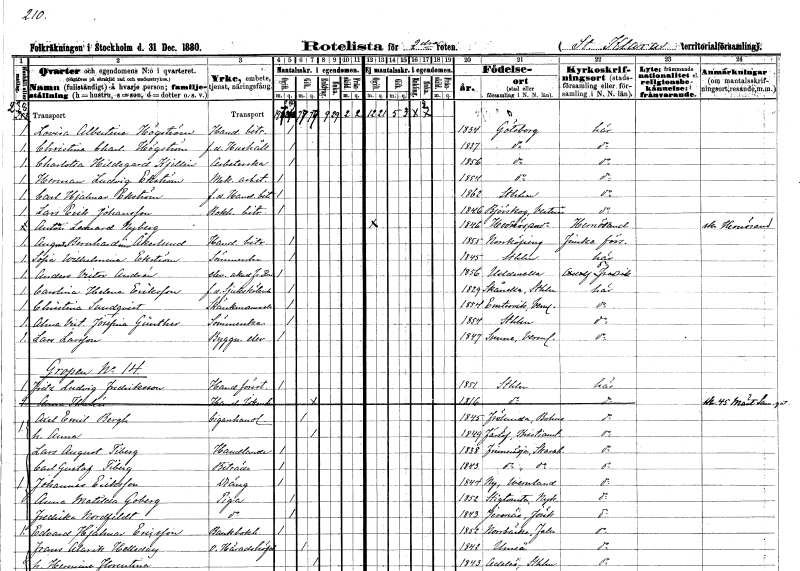
gt_parse: households: individuals: FN: Lovisa Albertina
EN: Högström
YRKE: Handelsbiträde
KON: K
CIV: O
FODAR: 1834
FODFORS: Göteborg Göteborgs- och Bohuslän
FN: Christina Charlotta
EN: Högström
YRKE: Hushållerska f.d.
KON: K
CIV: O
FODAR: 1837
FODFORS: Göteborg Göteborgs- och Bohuslän
FN: Charlotta Hildegard
EN: Kjellin
YRKE: Arbeterska
KON: K
CIV: O
FODAR: 1856
FODFORS: Göteborg Göteborgs- och Bohuslän
FN: Herman Ludvig
EN: Ekström
YRKE: Mekanikerarbetare
KON: M
CIV: O
FODAR: 1854
FODFORS: Göteborg Göteborgs- och Bohuslän
FN: Carl Hjalmar
EN: Ekström
YRKE: Handelsbiträde f.d.
KON: M
CIV: O
FODAR: 1862
FODFORS: Stockholm
FN: Lars Erik
EN: Johansson
YRKE: Bokhållarebiträde
KON: M
CIV: O
FODAR: 1846
FODFORS: Björskog Västmanlands län
FN: Anton Leonard
EN: Nyberg
KON: M
CIV: O
FODAR: 1846
FODFORS: Härnösand Västernorrlands län
FN: Augusta Bernhardina
EN: Åkerlund
YRKE: Handelsbiträde
KON: K
CIV: O
FODAR: 1855
FODFORS: Norrköping Östergötlands län
FN: Sofia Wilhelmina
EN: Ekström
YRKE: Sömmerska
KON: K
CIV: O
FODAR: 1845
FODFORS: Stockholm
FN: Anders Victor
EN: Andrén
YRKE: Elev vid Akademin för fria konster
KON: M
CIV: O
FODAR: 1856
FODFORS: Uddevalla Göteborgs- och Bohuslän
FN: Carolina Helena
EN: Eriksson
YRKE: Sjuksköterska f.d.
KON: K
CIV: O
FODAR: 1829
FODFORS: Skånela Stockholms län
FN: Christina
EN: Sundqvist
YRKE: Skänkmamsell
KON: K
CIV: O
FODAR: 1854
FODFORS: Östra Ämtervik Värmlands län
FN: Alma Victoria Josefina
EN: Günther
YRKE: Sömmerska
KON: K
CIV: O
FODAR: 1854
FODFORS: Stockholm
FN: Lars
EN: Larsson
YRKE: Byggnadselev
KON: M
CIV: O
FODAR: 1847
FODFORS: Sunne Värmlands län
FN: Fritz Ludvig
EN: Fredriksson
YRKE: Handelsföreståndare
KON: M
CIV: O
FODAR: 1851
FODFORS: Stockholm
FN: Anna
EN: Thulén
YRKE: Handelsidkerska
KON: K
CIV: G
FODAR: 1816
FODFORS: Stockholm
FN: Axel Emil
EN: Bergh
YRKE: Cigarrhandlare
KON: M
CIV: G
FODAR: 1845
FODFORS: Västra Frölunda Göteborgs- och Bohuslän
FN: Anna
KON: K
CIV: G
FODAR: 1849
FODFORS: Färlöv Kristianstads län
FN: Lars August
EN: Tiberg
YRKE: Handlande
KON: M
CIV: O
FODAR: 1838
FODFORS: Finnerödja Örebro län
FN: Carl Gustaf
EN: Tiberg
YRKE: Biträde
KON: M
CIV: O
FODAR: 1843
FODFORS: Finnerödja Örebro län
FN: Johannes
EN: Eriksson
YRKE: Dräng
KON: M
CIV: O
FODAR: 1844
FODFORS: Ny Värmlands län
FN: Anna Matilda
EN: Goberg
YRKE: Piga
KON: K
CIV: O
FODAR: 1852
FODFORS: Stigtomta Södermanlands län
FN: Fredrika
EN: Nordfeldt
YRKE: Piga
KON: K
CIV: O
FODAR: 1843
FODFORS: Järsnäs Jönköpings län